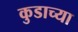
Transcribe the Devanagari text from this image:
कुडाच्या